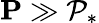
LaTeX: \mathbf{P}\gg\mathcal{P}_{*}